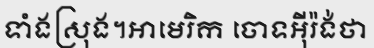
ទាំងស្រុង។អាមេរិក ចោទអ៊ីរ៉ង់ថា